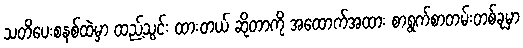
သတိပေးစနစ်ထဲမှာ ထည့်သွင်း ထားတယ် ဆိုတာကို အထောက်အထား စာရွက်စာတမ်းတစ်ခုမှာ